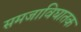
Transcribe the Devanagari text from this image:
समजाविघातक